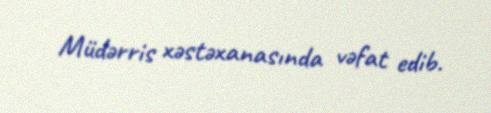
Müdərris xəstəxanasında vəfat edib.